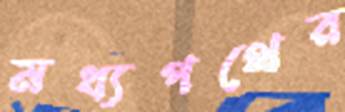
মধ্যপথের